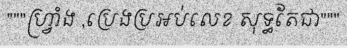
"""ហ្វ្រាំង ,ប្រេងប្រអប់លេខ សុទ្ធតែជា"""